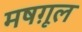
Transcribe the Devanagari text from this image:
मषग़ूल